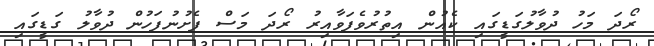
ރޯދަ މަހު ދުވާލުގަޑީގައި ކެއުން އިތުރުވެފަވާއިރު ރޯދަ މަސް ފެށުނުފަހުން ދުވާލު ގަޑީގައި